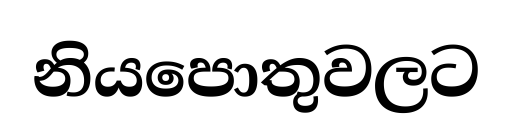
නියපොතුවලට